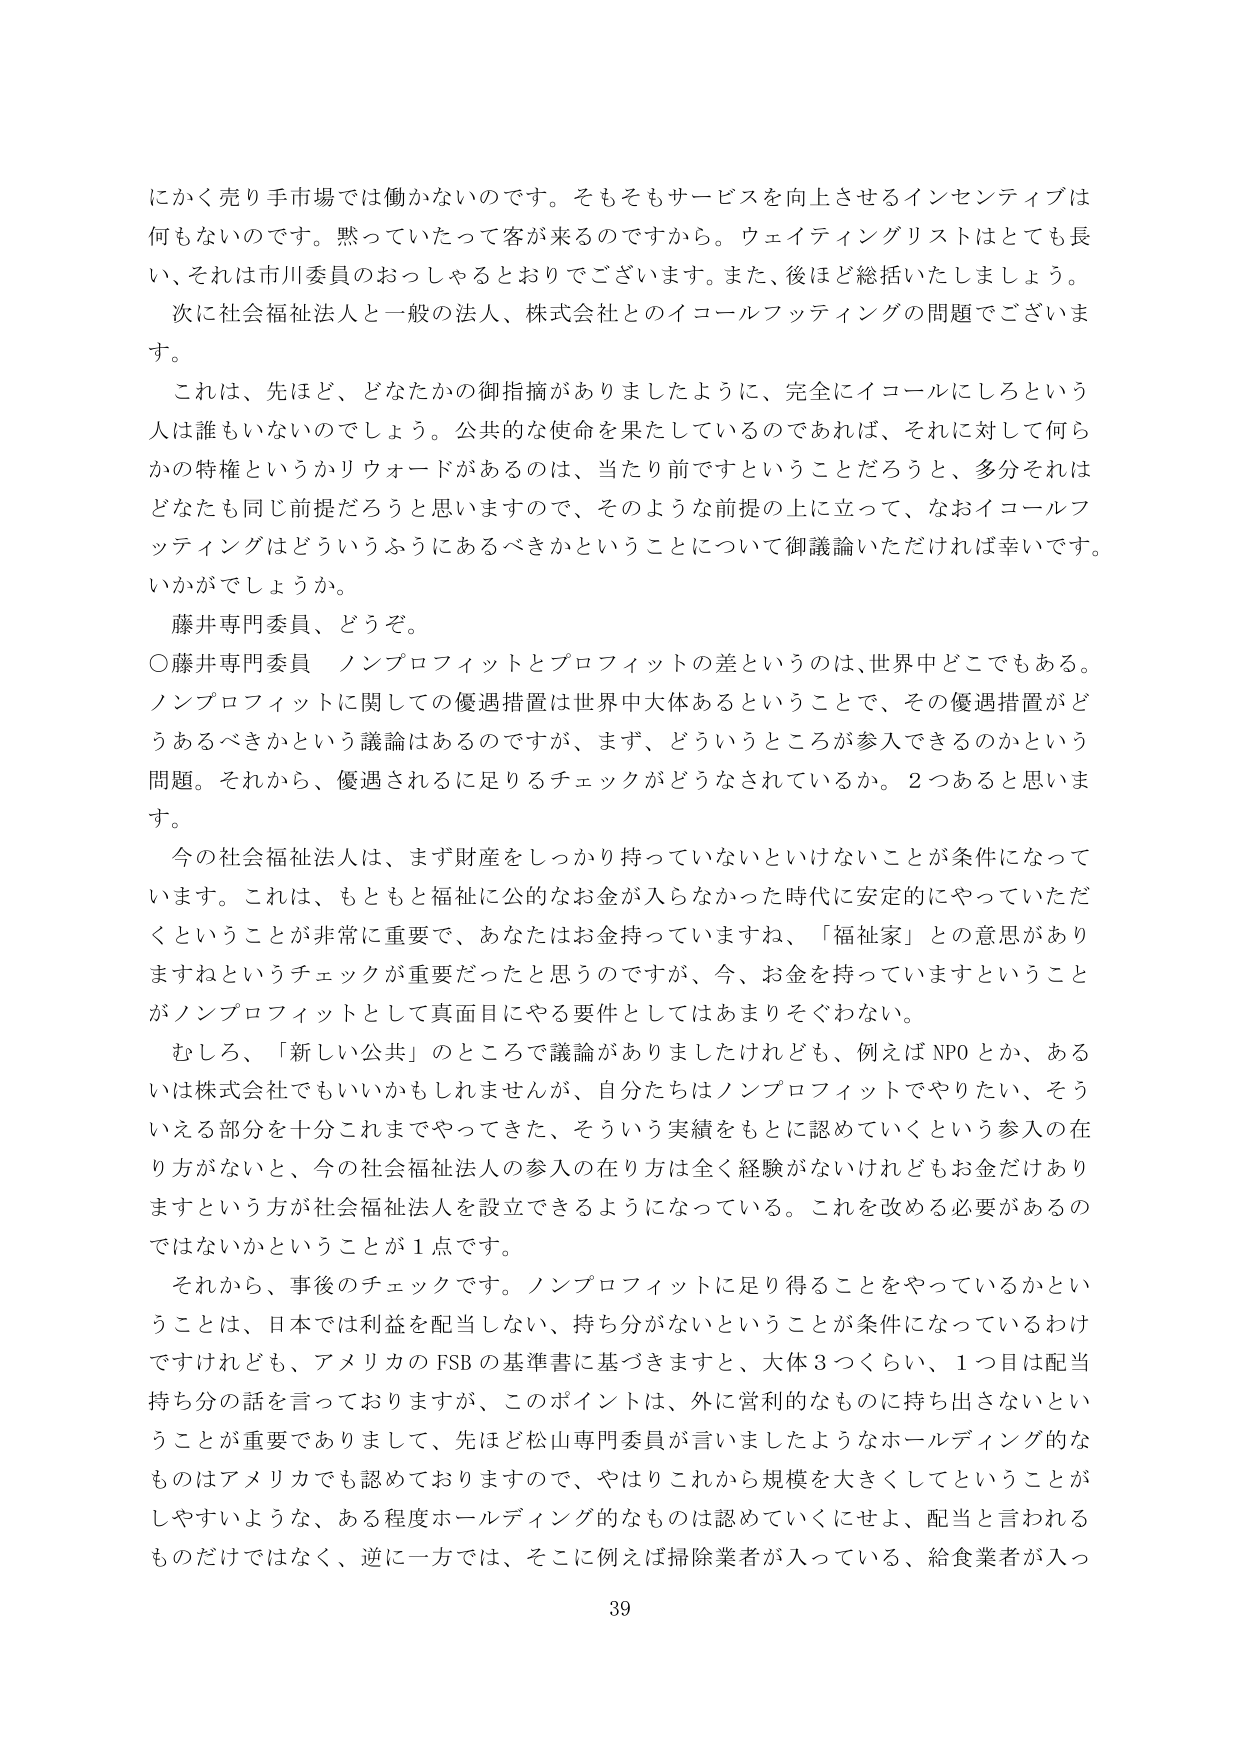
にかく売り手市場では働かないのです。そもそもサービスを向上させるインセンティブは何もないのです。黙っていたって客が来るのですから。ウェイティングリストはとても長い、それは市川委員のおっしゃるとおりでございます。また、後ほど総括いたしましょう。

次に社会福祉法人と一般の法人、株式会社とのイコールフッティングの問題でございます。

これは、先ほど、どなたかの御指摘がありましたように、完全にイコールにしろという人は誰もいないのでしょう。公共的な使命を果たしているのであれば、それに対して何らかの特権というかリウォードがあるのは、当たり前ですということだろうと、多分それはどなたも同じ前提だろうと思いますので、そのような前提の上に立って、なおイコールフッティングはどういうふうにあるべきかということについて御議論いただければ幸いです。いかがでしょうか。

藤井専門委員、どうぞ。

○藤井専門委員 ノンプロフィットとプロフィットの差というのは、世界中どこでもある。ノンプロフィットに関しての優遇措置は世界中大体あるということで、その優遇措置がどうあるべきかという議論はあるのですが、まず、どういうところが参入できるのかという問題。それから、優遇されるに足りるチェックがどうなされているか。2つあると思います。

今の社会福祉法人は、まず財産をしっかり持っていないといけないことが条件になっています。これは、もともと福祉に公的なお金が入らなかった時代に安定的にやっていただくということが非常に重要で、あなたはお金持っていますね、「福祉家」との意思がありますねというチェックが重要だったと思うのですが、今、お金を持っていますということはノンプロフィットとして真面目にやる要件としてはあまりそぐわない。

むしろ、「新しい公共」のところで議論がありましたけれども、例えばNPOとか、あるいは株式会社でもいいかもしれませんが、自分たちはノンプロフィットでやりたい、そういえる部分を十分これまでやってきた、そういう実績をもとに認めていくという参入の在り方がないと、今の社会福祉法人の参入の在り方は全く経験がないけれどもお金だけありますという方が社会福祉法人を設立できるようになっている。これを改める必要があるのではないかということが1点です。

それから、事後のチェックです。ノンプロフィットに足り得ることをやっているかということは、日本では利益を配当しない、持ち分がないということが条件になっているわけですが、アメリカのFSBの基準書に基づきますと、大体3つくらい、1つ目は配当持ち分の話をしておりますが、このポイントは、外に営利的なものに持ち出さないということが重要でありまして、先ほど松山専門委員が言いましたようなホールディング的なものはアメリカでも認めておりますので、やはりこれから規模を大きくしてということがしやすいような、ある程度ホールディング的なものは認めていくにせよ、配当と言われるものだけではなく、逆に一方では、そこに例えば掃除業者が入っている、給食業者が入っ

39